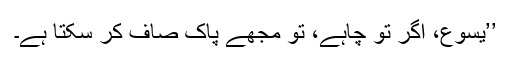
’’یسوع، اگر تو چاہے، تو مجھے پاک صاف کر سکتا ہے۔